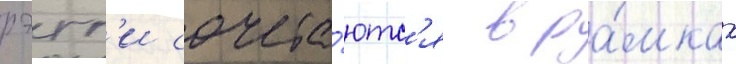
рэгг'и сочета́ютс'я в ра́мках